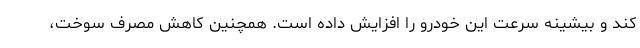
کند و بیشینه سرعت این خودرو را افزایش داده است. همچنین کاهش مصرف سوخت،